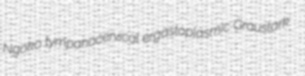
Ngoko tympanocervical ergastoplasmic Graustark